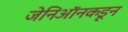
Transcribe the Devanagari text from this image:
जेनिऑनकडून